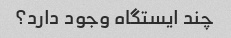
چند ایستگاه وجود دارد؟